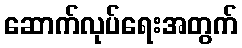
ဆောက်လုပ်ရေးအတွက်